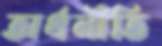
অর্থনীতি